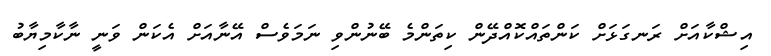
އިޝްކާއަށް ރަނގަޅަށް ކަންތައްކޮއްދޭން ކިތަންމެ ބޭނުންވި ނަމަވެސް އޭނާއަށް އެކަން ވަނީ ނާކާމިޔާބު